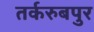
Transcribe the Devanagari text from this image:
तर्करुबपुर